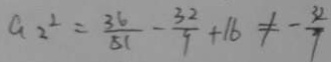
a _ { 2 } ^ { 2 } = \frac { 3 6 } { 5 1 } - \frac { 3 2 } { 9 } + 1 6 \neq - \frac { 3 2 } { 7 }